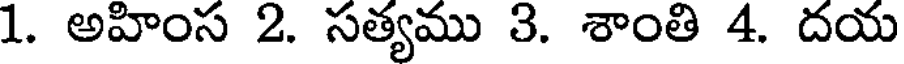
1. అహింస 2. సత్యము 3. శాంతి 4. దయ